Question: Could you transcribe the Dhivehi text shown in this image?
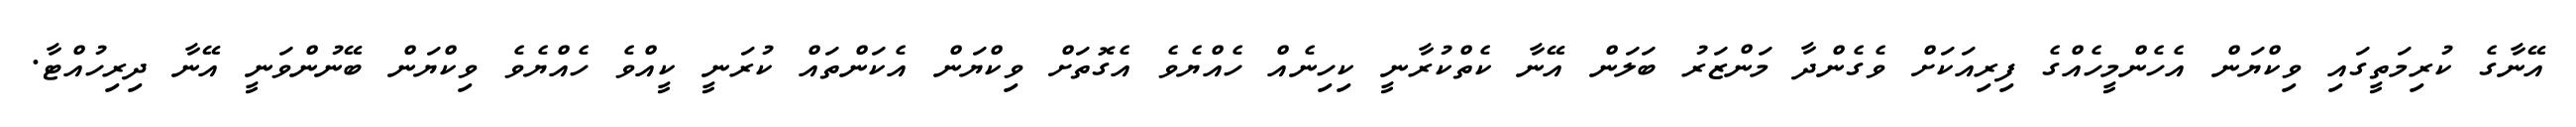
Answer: އޭނާގެ ކުރިމަތީގައި ވިކްޔަން އެހެންމީހެއްގެ ފިރިއަކަށް ވެގެންދާ މަންޒަރު ބަލަން އޭނާ ކެތްކުރާނީ ކިހިނެއް ހެއްޔެވެ އެގޮތަށް ވިކްޔަން އެކަންތައް ކުރަނީ ކީއްވެ ހެއްޔެވެ ވިކްޔަން ބޭނުންވަނީ އޭނާ ދިރިހުއްޓާ.